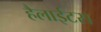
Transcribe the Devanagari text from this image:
हैलाईटस